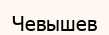
Чевышев